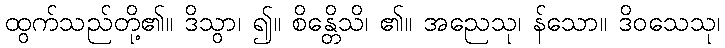
ထွက်သည်တို့၏။ ဒိသွာ၊ ၍။ စိန္တေိသိ၊ ၏။ အညေသု၊ န်သော။ ဒိဝသေသု၊